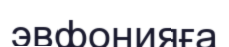
эвфонияға